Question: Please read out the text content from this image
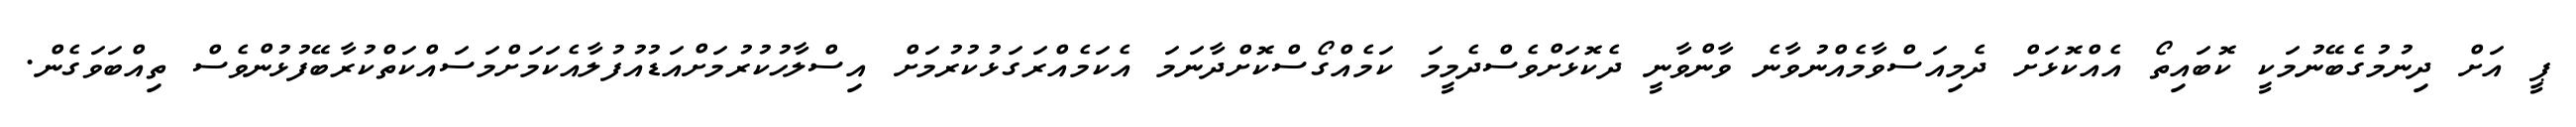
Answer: ޕީ އަށް ދިނުމުގެބޭނުމަކީ ކޮބައިތޯ އެއްކޮޅަށް ދެމިއަސްވާމެއްނުވާނެ ވާންވާނީ ދެކޮޅަށްވެސްދެމީމަ ކަމެއްގޯސްކޮށްދާނަމަ އެކަމެއްރަގަޅުކުރުމަށް އިސްލާހުކުރުމަށްއަޑުއުފުލާއެކަމަށްމަސައްކަތްކުރާބޭފުޅުންވެސް ތިއްބަވަގެން.